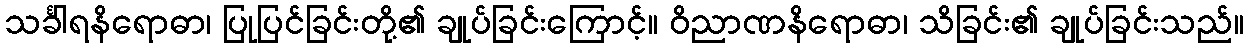
သင်္ခါရနိရောဓာ၊ ပြုပြင်ခြင်းတို့၏ ချုပ်ခြင်းကြောင့်။ ဝိညာဏနိရောဓာ၊ သိခြင်း၏ ချုပ်ခြင်းသည်။